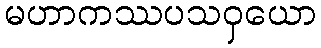
မဟာကဿပသဝှယော